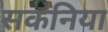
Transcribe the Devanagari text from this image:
सकनिया